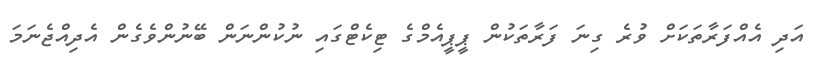
އަދި އެއްފަރާތަކަށް ވުރެ ގިނަ ފަރާތަކުން ޕީޕީއެމްގެ ޓިކެޓްގައި ނުކުންނަން ބޭނުންވެގެން އެދިއްޖެނަމަ